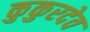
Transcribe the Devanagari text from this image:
कुकुरदेव